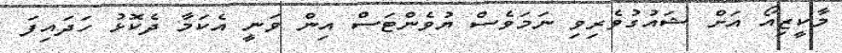
މާކީޒިއޯ އަށް ޝައުގުވެރިވި ނަމަވެސް ޔުވެންޓަސް އިން ވަނީ އެކަމާ ދެކޮޅު ހަދައިފަ